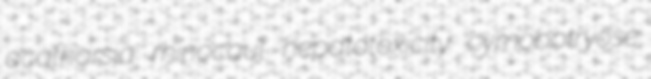
acatharsia rhinocaul hepatotoxicity cymobotryose